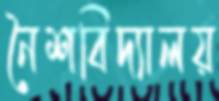
নৈশবিদ্যালয়